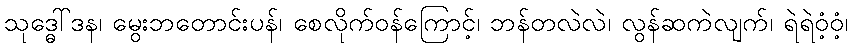
သုဒ္ဓေါ်ဒန၊ မွေးဘတောင်းပန်၊ စေလိုက်ဝန်ကြောင့်၊ ဘန်တလဲလဲ၊ လွန်ဆကဲလျက်၊ ရဲရဲဝံ့ဝံ့၊